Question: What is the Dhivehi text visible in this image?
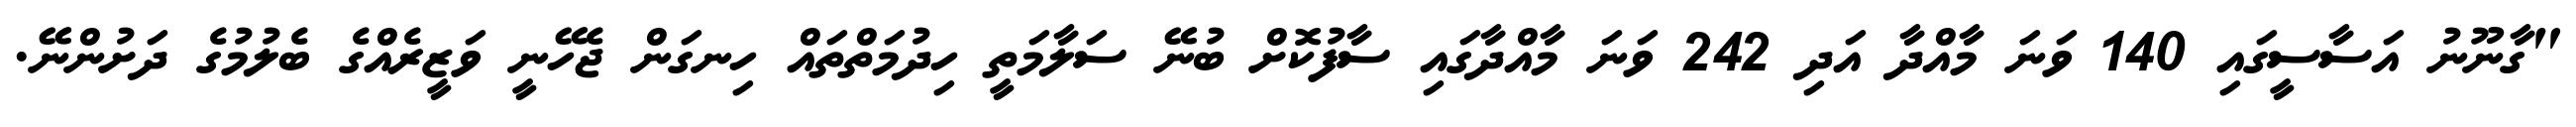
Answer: "ގާނޫނު އަސާސީގައި 140 ވަނަ މާއްދާ އަދި 242 ވަނަ މާއްދާގައި ސާފުކޮށް ބުނޭ ސަލާމަތީ ހިދުމަތްތައް ހިނގަން ޖެހޭނީ ވަޒީރެއްގެ ބެލުމުގެ ދަށުންނޭ.